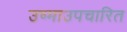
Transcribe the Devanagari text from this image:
उष्माउपचारित